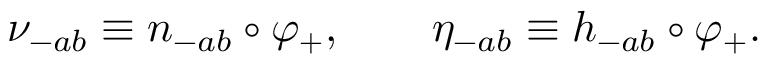
\nu _ { - a b } \equiv n _ { - a b } \circ \varphi _ { + } , \qquad \eta _ { - a b } \equiv h _ { - a b } \circ \varphi _ { + } .